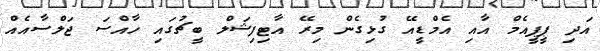
އަދި ޕީޕީއެމް އާއި އެމްޑީއޭ ގުޅިގެން މިރޭ އާޓިފިޝަލް ބީޗުގައި ހާއްސަ ޖަލްސާއެއް